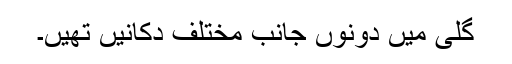
گلی میں دونوں جانب مختلف دکانیں تھیں۔